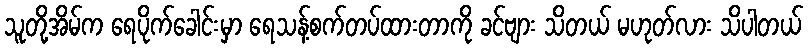
သူတို့အိမ်က ရေပိုက်ခေါင်းမှာ ရေသန့်စက်တပ်ထားတာကို ခင်ဗျား သိတယ် မဟုတ်လား သိပါတယ်